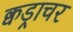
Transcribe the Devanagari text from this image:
क्वड्राचर